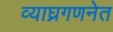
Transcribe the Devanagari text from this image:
व्याघ्रगणनेत